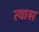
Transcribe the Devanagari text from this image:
त्वास